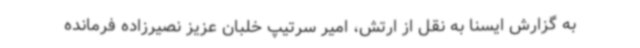
به گزارش ایسنا به نقل از ارتش، امیر سرتیپ خلبان عزیز نصیرزاده فرمانده